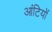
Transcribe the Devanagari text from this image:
आंटियों